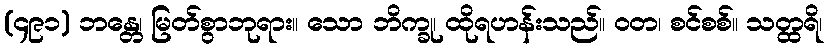
(၄၉၁) ဘန္တေ၊ မြတ်စွာဘုရား။ သော ဘိက္ခု၊ ထိုရဟန်းသည်။ ဝတ၊ စင်စစ်။ သတ္ထရိ၊